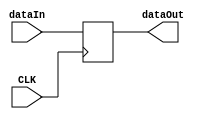
`timescale 1ns / 1ps
//////////////////////////////////////////////////////////////////////////////////
// Company: 
// Engineer: 
// 
// Design Name: 
// Module Name:    InstructionRegisters 
// Project Name: 
// Target Devices: 
// Tool versions: 
// Description: 
//
// Dependencies: 
//
// Revision: 
// Revision 0.01 - File Created
// Additional Comments: 
//
//////////////////////////////////////////////////////////////////////////////////
module InstructionRegisters(
    input [31:0] dataIn,
    input CLK,
    output reg [31:0] dataOut
    );

    always @(posedge CLK) begin
	     dataOut = dataIn;
	 end

endmodule